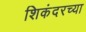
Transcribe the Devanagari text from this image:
शिकंदरच्या